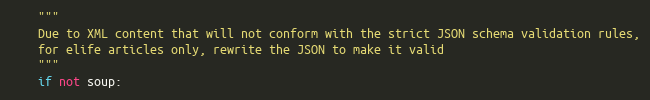
Language: Python
    """
    Due to XML content that will not conform with the strict JSON schema validation rules,
    for elife articles only, rewrite the JSON to make it valid
    """
    if not soup: